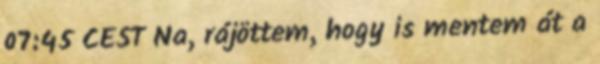
07:45 CEST Na, rájöttem, hogy is mentem át a